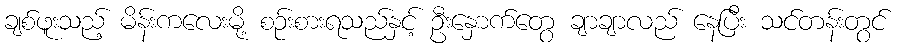
ချစ်ဖူးသည့် မိန်းကလေးမို့ စဉ်းစားရသည်နှင့် ဦးနှောက်တွေ ချာချာလည် နေပြီး သင်တန်းတွင်